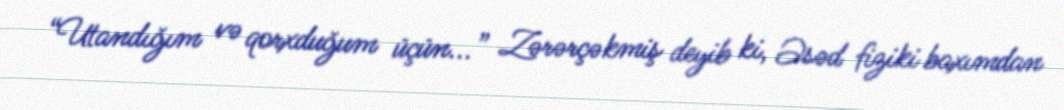
“Utandığım və qorxduğum üçün...” Zərərçəkmiş deyib ki, Əsəd fiziki baxımdan